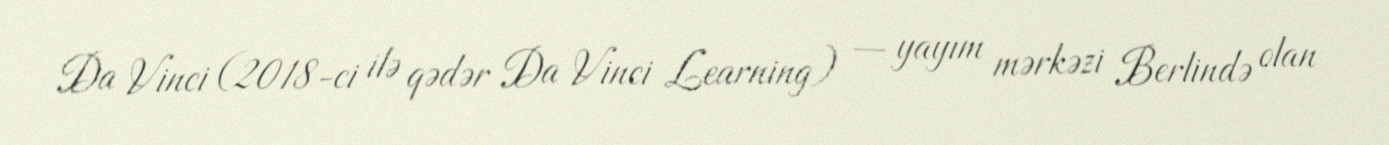
Da Vinci (2018-ci ilə qədər Da Vinci Learning) — yayım mərkəzi Berlində olan